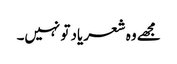
مجھے وہ شعر یاد تو نہیں۔